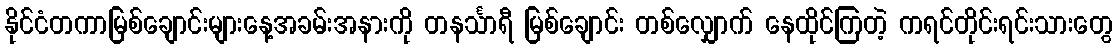
နိုင်ငံတကာမြစ်ချောင်းများနေ့အခမ်းအနားကို တနင်္သာရီ မြစ်ချောင်း တစ်လျှောက် နေထိုင်ကြတဲ့ ကရင်တိုင်းရင်းသားတွေ